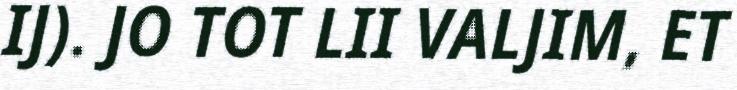
IJ). JO TOT LII VALJIM, ET